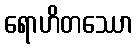
ရောဟိတဿော